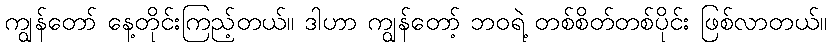
ကျွန်တော် နေ့တိုင်းကြည့်တယ်။ ဒါဟာ ကျွန်တော့် ဘဝရဲ့ တစ်စိတ်တစ်ပိုင်း ဖြစ်လာတယ်။